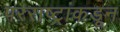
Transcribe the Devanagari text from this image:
परराष्ट्रांकडून